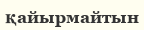
қайырмайтын